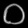
Digit: ၀